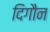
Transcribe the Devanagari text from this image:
दिगौन